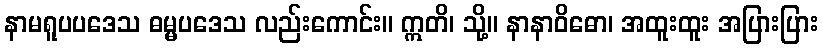
နာမရူပပဒေသ ဓမ္မပဒေသ လည်းကောင်း။ ဣတိ၊ သို့။ နာနာဝိဓော၊ အထူးထူး အပြားပြား